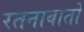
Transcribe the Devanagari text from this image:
रतनावातों